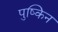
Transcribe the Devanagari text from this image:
पुष्किन